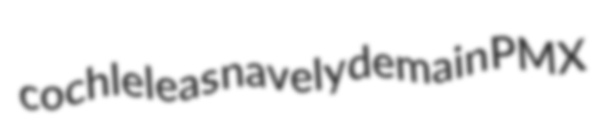
cochleleas navely demain PMX